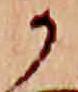
か